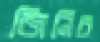
জিনিচ